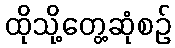
ထိုသို့တွေ့ဆုံစဉ်